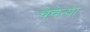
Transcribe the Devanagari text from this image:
चेचेन्या